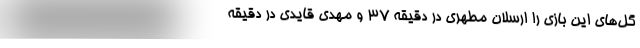
گل‌های این بازی را ارسلان مطهری در دقیقه ۳۷ و مهدی قایدی در دقیقه